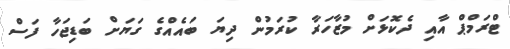
ޓްރަމްޕް އާއި ދެކޮޅަށް މުޒާހަރާ ކުރަމުން ދިޔަ ބައެއްގެ ގަޔަށް ބަޑިޖަހާ ފަސް